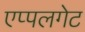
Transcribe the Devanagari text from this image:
एप्पलगेट